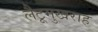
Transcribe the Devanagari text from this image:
लैटूमुखराह